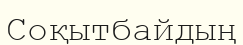
Соқытбайдың